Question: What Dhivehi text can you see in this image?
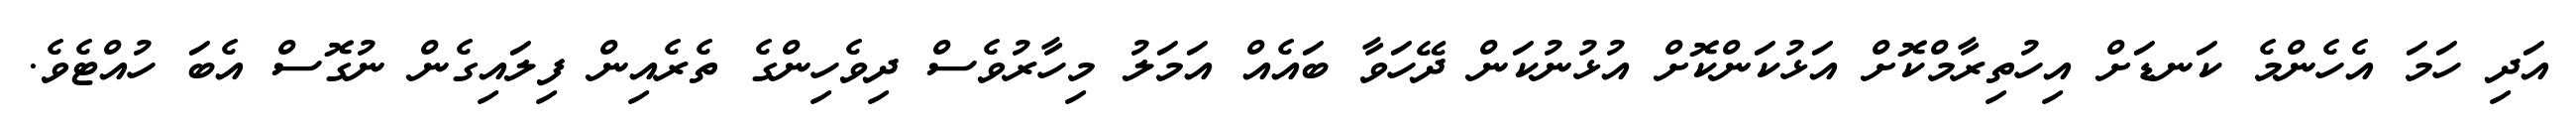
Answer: އަދި ހަމަ އެހެންމެ ކަނޑަށް އިހުތިރާމްކޮށް އަޅުކަންކޮށް އުޅުނުކަން ދޭހަވާ ބައެއް އަމަލު މިހާރުވެސް ދިވެހިންގެ ތެރެއިން ފިލައިގެން ނުގޮސް އެބަ ހުއްޓެވެ.